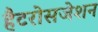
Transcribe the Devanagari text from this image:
हैटरोसजेशन